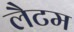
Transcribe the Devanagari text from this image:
लैटम